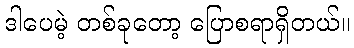
ဒါပေမဲ့ တစ်ခုတော့ ပြောစရာရှိတယ်။